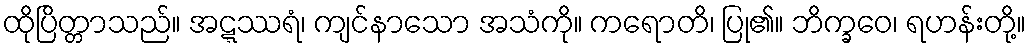
ထိုပြိတ္တာသည်။ အဋ္ဋဿရံ၊ ကျင်နာသော အသံကို။ ကရောတိ၊ ပြု၏။ ဘိက္ခဝေ၊ ရဟန်းတို့။